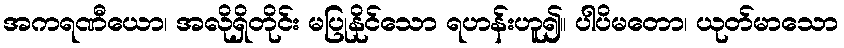
အကရဏီယော၊ အလိုရှိတိုင်း မပြုနိုင်သော ရဟန်းဟူ၍။ ပါပိမတော၊ ယုတ်မာသော